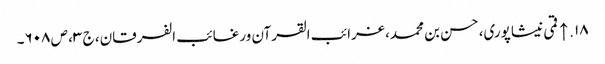
۱۸. ↑ قمی نیشاپوری، حسن بن محمد، غرائب القرآن ورغائب الفرقان، ج ۳، ص ۶۰۸۔